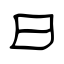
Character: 曰